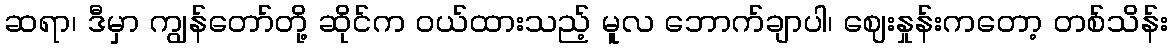
ဆရာ၊ ဒီမှာ ကျွန်တော်တို့ ဆိုင်က ဝယ်ထားသည့် မူလ ဘောက်ချာပါ၊ ဈေးနှုန်းကတော့ တစ်သိန်း